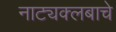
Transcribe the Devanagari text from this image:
नाट्यक्लबाचे